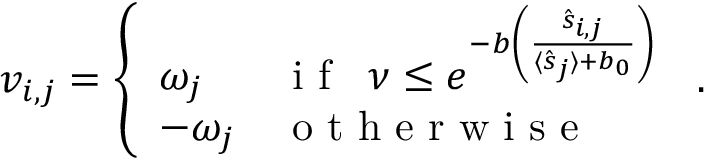
v _ { i , j } = \left\{ \begin{array} { l l } { \omega _ { j } } & { \mathrm { ~ i ~ f ~ } \; \; \nu \leq e ^ { - b \left( \frac { \hat { s } _ { i , j } } { \langle \hat { s } _ { j } \rangle + b _ { 0 } } \right) } } \\ { - \omega _ { j } } & { \mathrm { ~ o ~ t ~ h ~ e ~ r ~ w ~ i ~ s ~ e ~ } } \end{array} \right. \, .